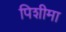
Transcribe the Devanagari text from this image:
पिशीमा